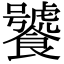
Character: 饕